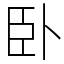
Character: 卧